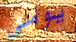
يومى